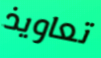
تعاويذ